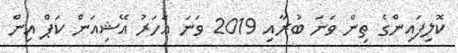
ކޮލިފައިންގެ ތިން ވަނަ ބުރާއި 2019 ވަނަ އަހަރު އޭޝިއަން ކަޕް އިން